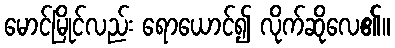
မောင်မြိုင်လည်း ရောယောင်၍ လိုက်ဆိုလေ၏။